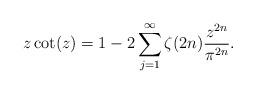
LaTeX: \begin{align*} z\cot(z)=1-2\sum_{j=1}^\infty\zeta(2n)\frac{z^{2n}}{\pi^{2n}}.\end{align*}